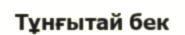
Тұнғытай бек